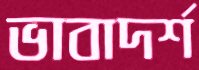
ভাবাদর্শ